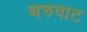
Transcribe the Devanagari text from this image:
थरुवाट